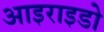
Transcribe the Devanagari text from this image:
आइराइडो